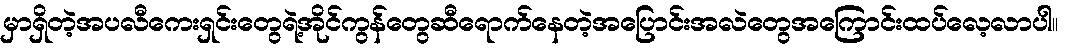
မှာရှိတဲ့အပလီကေးရှင်းတွေရဲ့အိုင်ကွန်တွေဆီရောက်နေတဲ့အပြောင်းအလဲတွေအကြောင်းထပ်လေ့လာပါ။